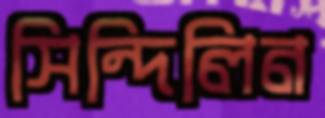
সিন্দিলিন